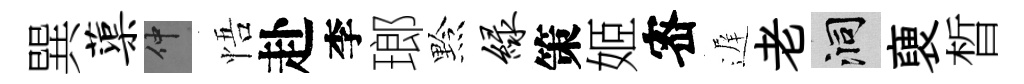
巽蕖仲悟赴李瑯黔绿策姬宻遅老洞褏晳